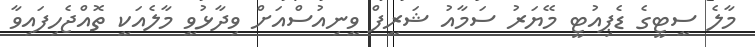
މާލެ ސީޓީގެ ޑެޕިއުޓީ މޭޔަރު ސަމާއު ޝަރީފް ވީނިއުސްއަށް ވިދާޅުވީ މާލެއަކީ ތޮއްޖެހިފައިވާ